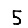
Digit: 5